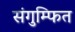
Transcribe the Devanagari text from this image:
संगुम्फित